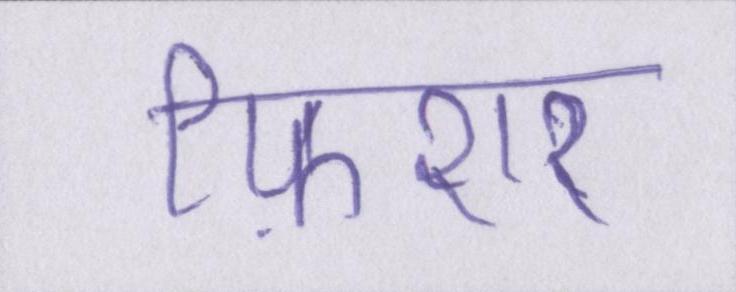
फ़िशर